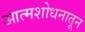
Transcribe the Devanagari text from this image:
आत्मशोधनातून